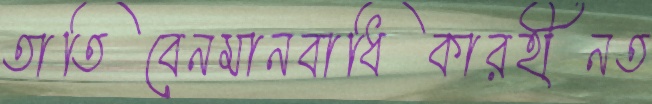
তাতিবেনমানবাধিকারহীনত